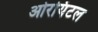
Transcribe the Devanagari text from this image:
ओरयिंटल